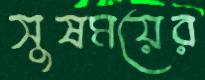
সুষময়ের